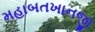
મહાબતખાનજી